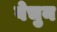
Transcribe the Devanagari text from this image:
वेचुन